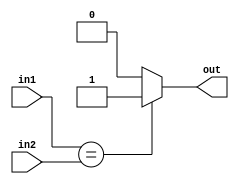
/*
   This file was generated automatically by the Mojo IDE version B1.2.3.
   Do not edit this file directly. Instead edit the original Lucid source.
   This is a temporary file and any changes made to it will be destroyed.
*/

module compare_8 (
    input [4:0] in1,
    input [4:0] in2,
    output reg out
  );
  
  
  
  always @* begin
    if (in1 == in2) begin
      out = 1'h1;
    end else begin
      out = 1'h0;
    end
  end
endmodule